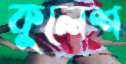
কুলেশ